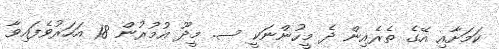
ކަމަށާއި އޭގެ ތެރެއިން ދެ މީހުންނަކީ ސ. މީދޫ އުމުރުން 18 އަހަރުވެފައިވާ